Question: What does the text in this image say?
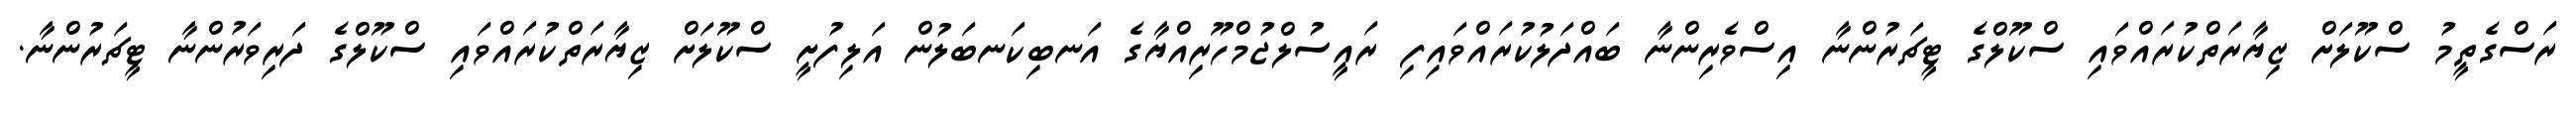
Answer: ރަސްގެތީމު ސްކޫލަށް ޒިޔާރަތްކުރައްވައި ސްކޫލްގެ ޓީޗަރުންނާ އިސްވެރިންނާ ބައްދަލުކުރައްވައިފި ރައީސުލްޖުމްހޫރިއްޔާގެ އަނބިކަނބަލުން އަލިފުށީ ސްކޫލަށް ޒިޔާރަތްކުރައްވައި ސްކޫލްގެ ދަރިވަރުންނާ ޓީޗަރުންނާ.